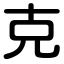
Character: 克